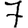
Digit: 7